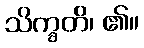
သိက္ခတိ၊ ၏။